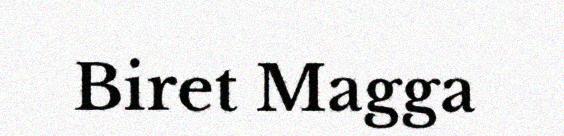
Biret Magga